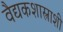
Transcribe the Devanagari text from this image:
वैद्यकशास्त्राशी